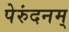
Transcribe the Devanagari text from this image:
पेरुंदनम्